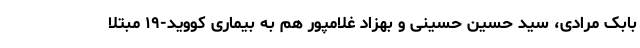
بابک مرادی، سید حسین حسینی و بهزاد غلامپور هم به بیماری کووید-۱۹ مبتلا